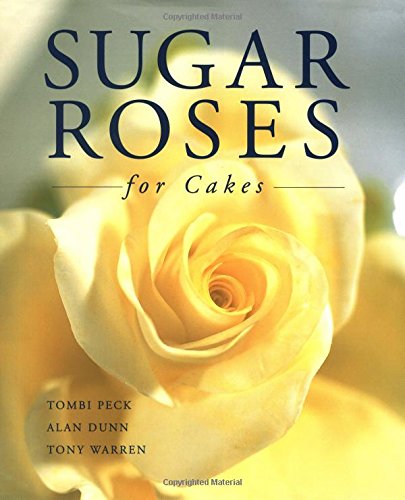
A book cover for Sugar Roses for Cakes; Tombi Peck; Cookbooks, Food & Wine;